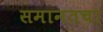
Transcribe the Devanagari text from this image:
समानतचा